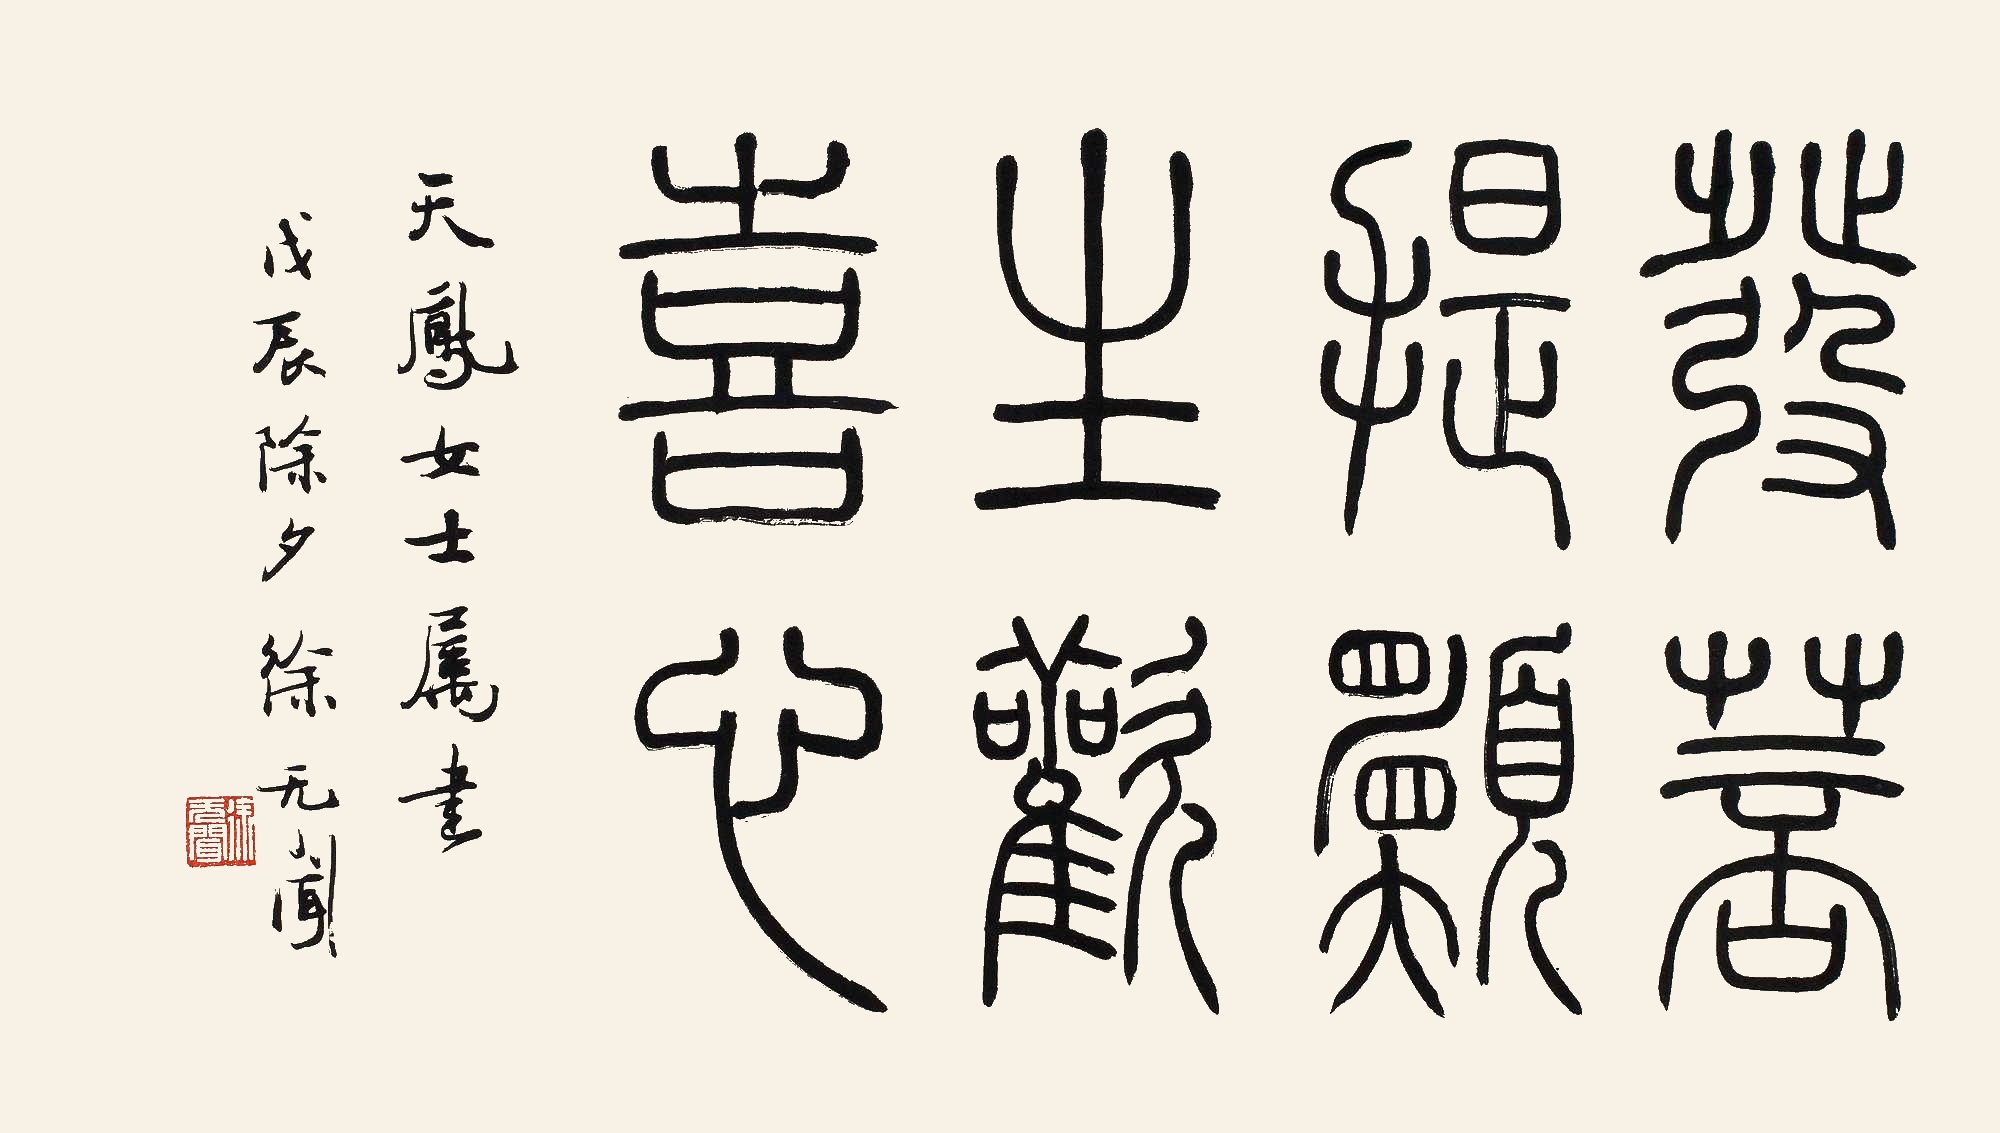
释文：发菩提愿，生欢喜心。天凤女士属书，戊辰（1988年）除夕，徐无闻。